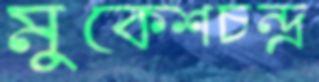
মুকেশচন্দ্র